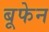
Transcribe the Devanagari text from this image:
बूफेन